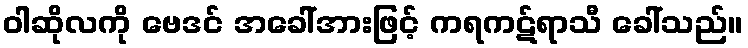
ဝါဆိုလကို ဗေဒင် အခေါ်အားဖြင့် ကရကဋ်ရာသီ ခေါ်သည်။